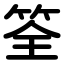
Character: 筌